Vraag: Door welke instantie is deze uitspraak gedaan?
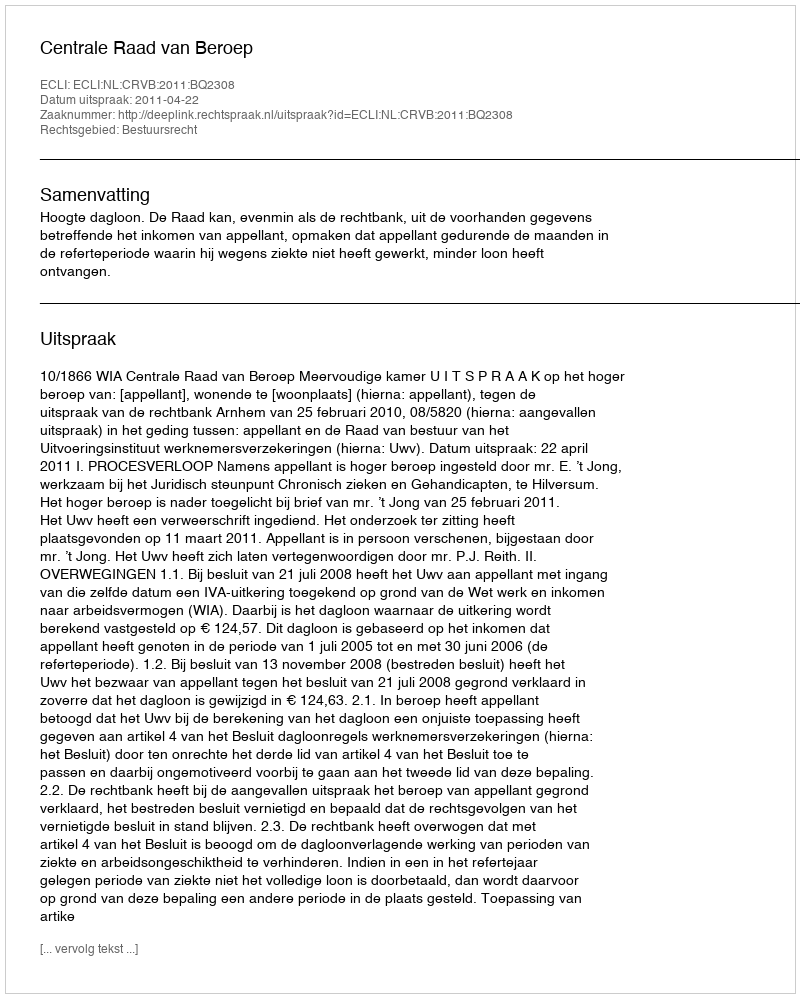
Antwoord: Centrale Raad van Beroep